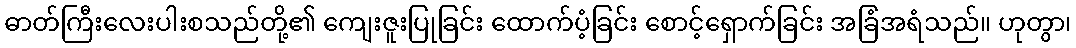
ဓာတ်ကြီးလေးပါးစသည်တို့၏ ကျေးဇူးပြုခြင်း ထောက်ပံ့ခြင်း စောင့်ရှောက်ခြင်း အခြံအရံသည်။ ဟုတွာ၊